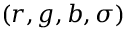
( r , g , b , \sigma )